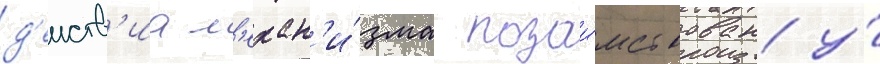
д'еиств'иа м'ехан'и́зма позаи́мствован у́